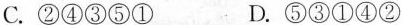
C.②④③⑤① D.⑤③①④②